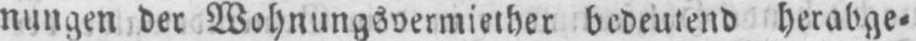
nungen der Wohnungsvermiether bedeutend herabge⸗